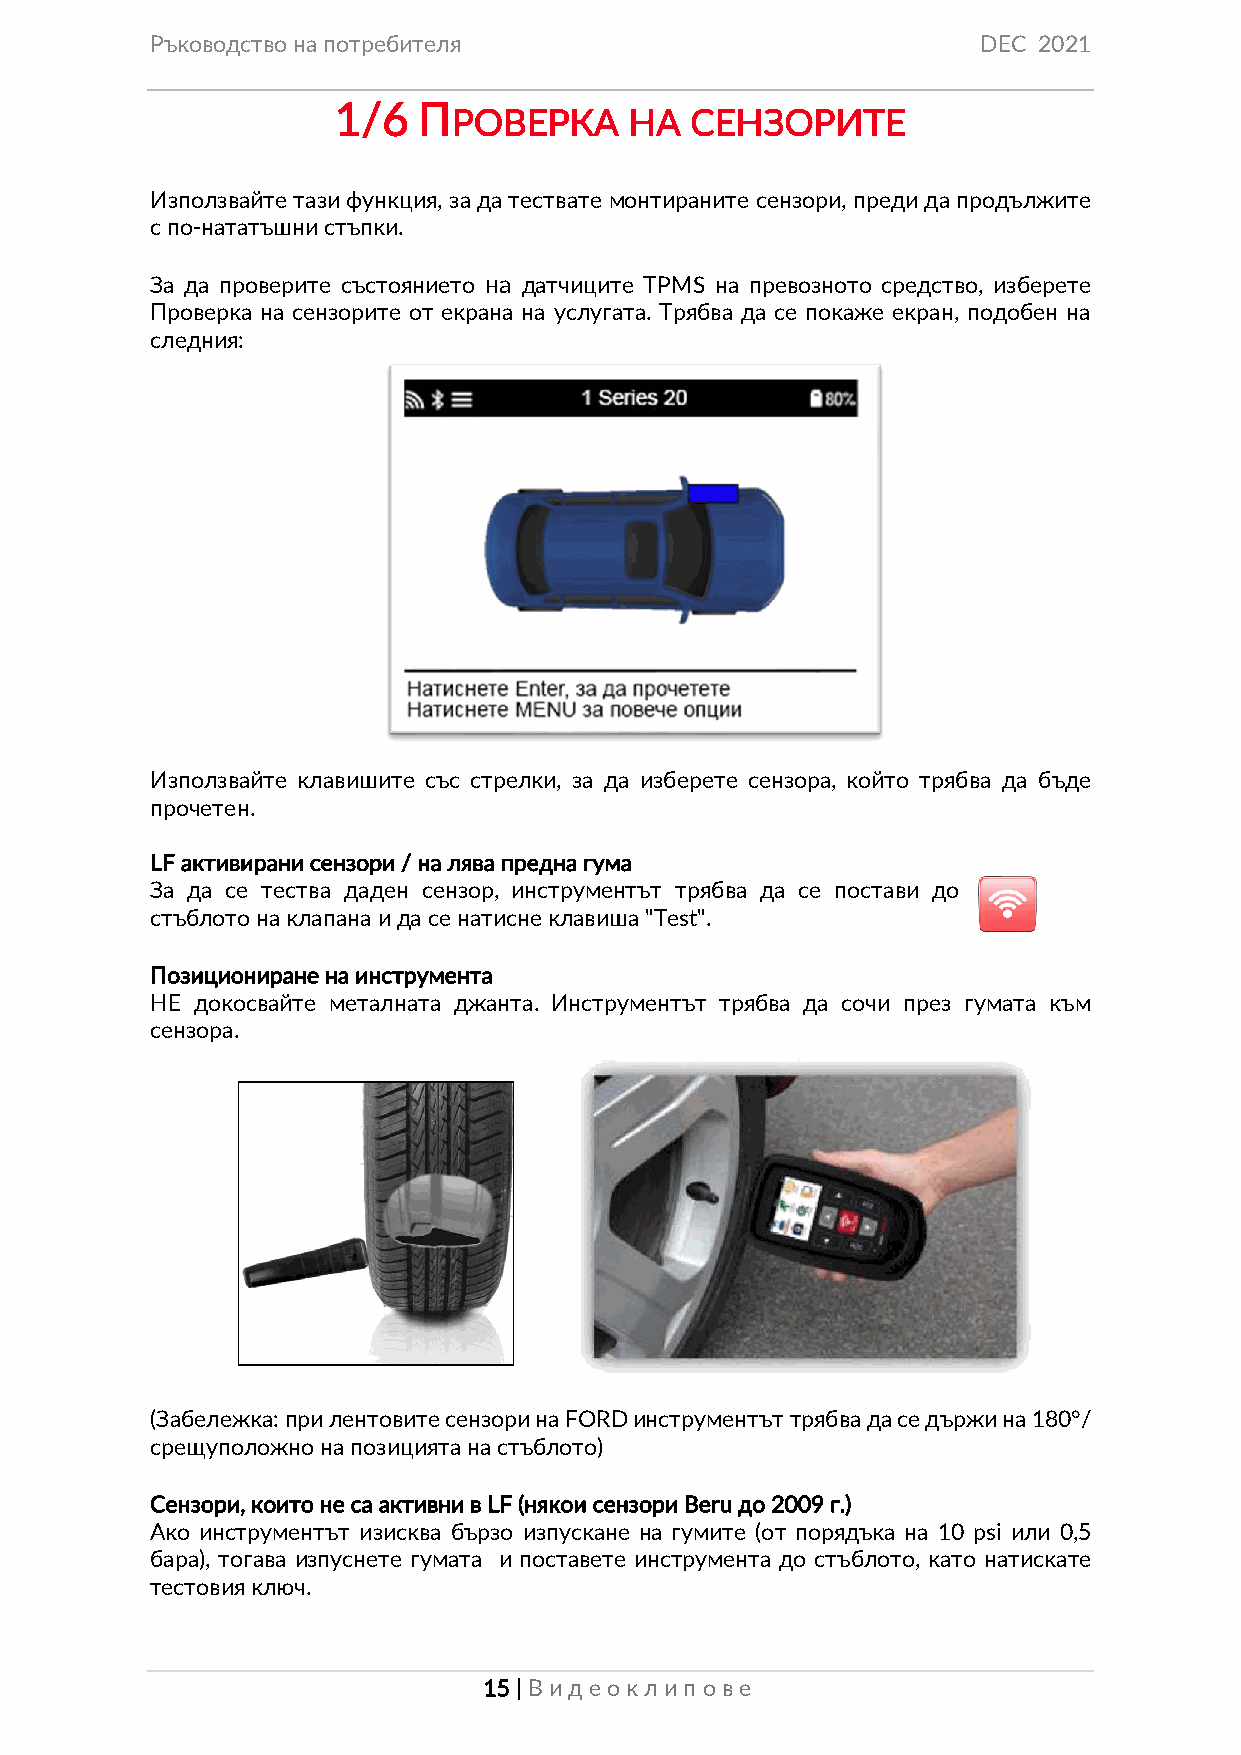
Ръководство на потребителя                             DEC 2021
 1/6   П
 РОВЕРКА     НА  СЕНЗОРИТЕ
 Използвайте тази функция, за да тествате монтираните сензори, преди да продължите
 с по-нататъшни стъпки.
 За да проверите състоянието на датчиците TPMS на превозното средство, изберете
 Проверка на сензорите от екрана на услугата. Трябва да се покаже екран, подобен на
 следния:
 Използвайте клавишите със стрелки, за да изберете сензора, който трябва да бъде
 прочетен.
 LF активирани сензори / на лява предна гума
 За да се тества даден сензор, инструментът трябва да се постави до
 стъблото на клапана и да се натисне клавиша "Test".
 Позициониране на инструмента
 НЕ докосвайте металната джанта. Инструментът трябва да сочи през гумата към
 сензора.
 (Забележка: при лентовите сензори на FORD инструментът трябва да се държи на 180°/
 срещуположно на позицията на стъблото)
 Сензори, които не са активни в LF (някои сензори Beru до 2009 г.)
 Ако инструментът изисква бързо изпускане на гумите (от порядъка на 10 psi или 0,5
 бара), тогава изпуснете гумата и поставете инструмента до стъблото, като натискате
 тестовия ключ.
 15 | Вид еок лип ове